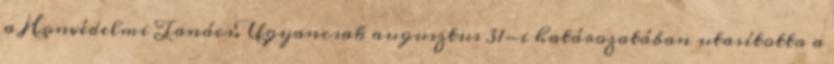
a Honvédelmi Tanács. Ugyancsak augusztus 31-i határozatában utasította a